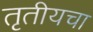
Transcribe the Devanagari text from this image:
तृतीयचा